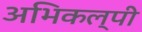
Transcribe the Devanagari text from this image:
अभिकल्पी